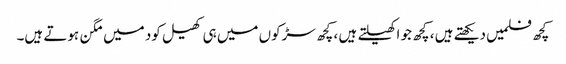
کچھ فلمیں دیکھتے ہیں ، کچھ جو اکھیلتے ہیں ، کچھ سڑکوں میں ہی کھیل کود میں مگن ہوتے ہیں۔